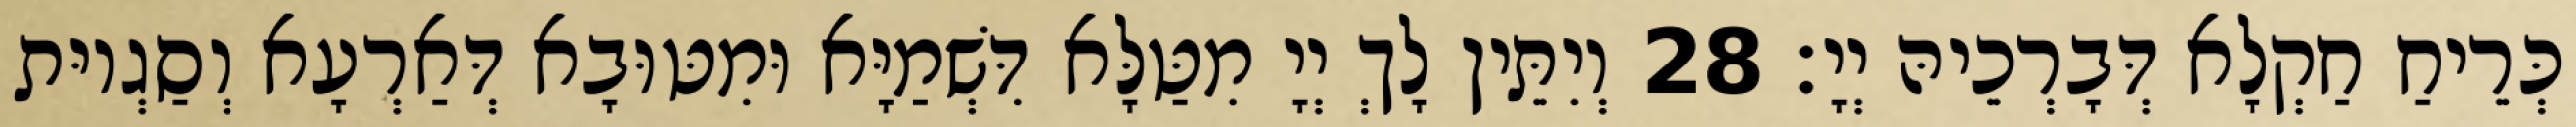
כְּרֵיחַ חַקְלָא דְּבָרְכֵיהּ יְיָ׃ 28 וְיִתֵּין לָךְ יְיָ מִטַּלָּא דִּשְׁמַיָּא וּמִטּוּבָא דְּאַרְעָא וְסַגְיוּת